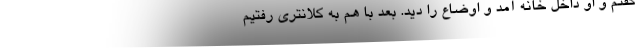
گفتم و او داخل خانه آمد و اوضاع را دید. بعد با هم به کلانتری رفتیم